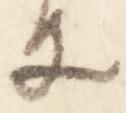
等